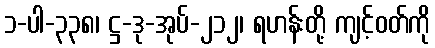
၁-ပါ-၃၃၈၊ ဋ္ဌ-ဒု-အုပ်-၂၁၂၊ ရဟန်းတို့ ကျင့်ဝတ်ကို